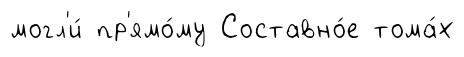
могл'и́ пр'ямо́му Составно́е тома́х